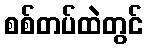
စစ်တပ်ထဲတွင်